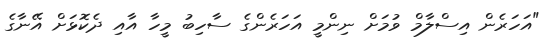
"އަހަރެން އިސްލާމް ވުމަށް ނިންމީ އަހަރެންގެ ސާހިބު މީހާ އާއި ދެކޮޅަށް އޭނާގެ